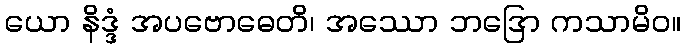
ယော နိဒ္ဒံ အပဗောဓေတိ၊ အဿော ဘဒြော ကသာမိဝ။